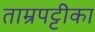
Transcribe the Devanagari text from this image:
ताम्रपट्टीका